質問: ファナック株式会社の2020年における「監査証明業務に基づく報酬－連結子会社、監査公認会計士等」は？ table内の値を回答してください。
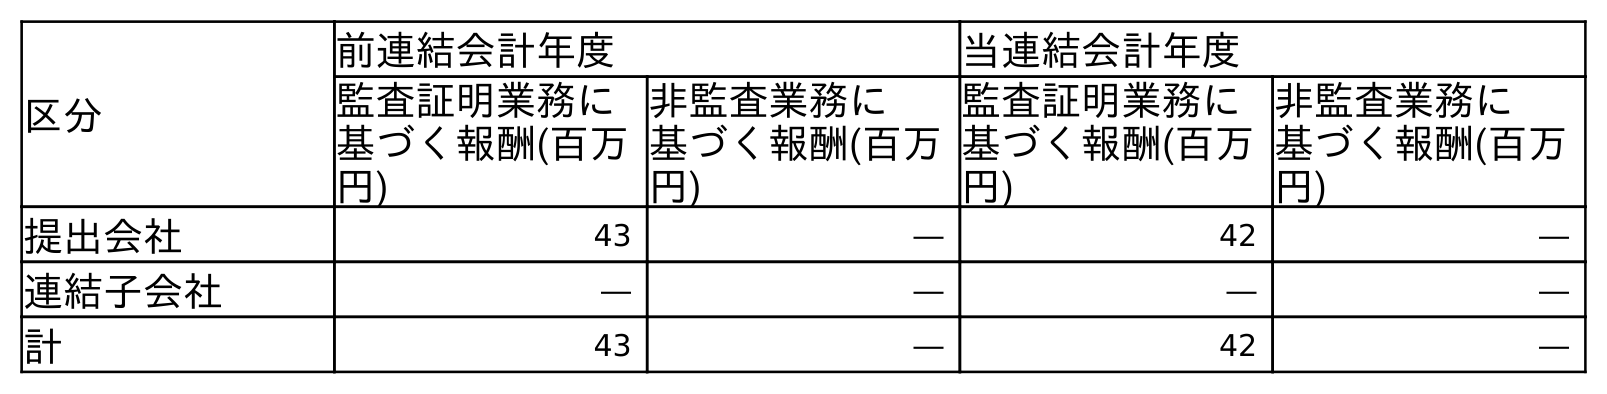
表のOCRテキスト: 区分 前連結会計年度 当連結会計年度 監査証明業務に 基づく報酬(百万 円) 非監査業務に 基づく報酬(百万 円) 監査証明業務に 基づく報酬(百万 円) 非監査業務に 基づく報酬(百万 円) 提出会社 43 ― 42 ― 連結子会社 ― ― ― ― 計 43 ― 42 ―
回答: ―